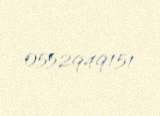
0552949151